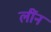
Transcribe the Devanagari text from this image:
लींन